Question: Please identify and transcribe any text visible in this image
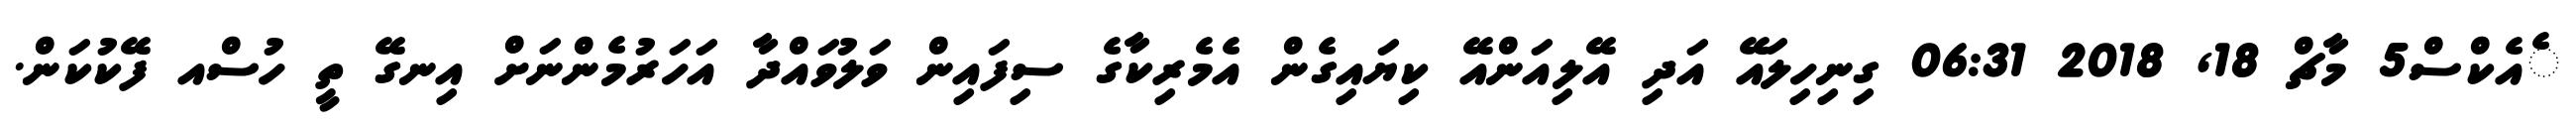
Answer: ެއެކްސް5 މާޗް 18, 2018 06:31 ގިނިހިލައޭ އަދި އޭލިއަންއޭ ކިޔައިގެން އެމެރިކާގެ ސިފައިން ވަލުވައްދާ އަހަރުމެންނަށް އިނގޭ ތީ ހުސްއ ފޭކުކަން.